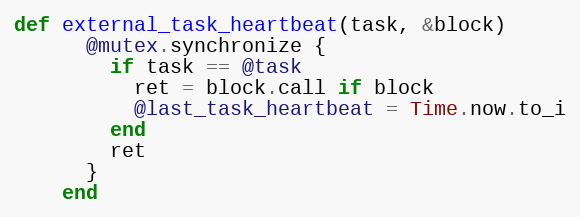
Language: Ruby
def external_task_heartbeat(task, &block)
      @mutex.synchronize {
        if task == @task
          ret = block.call if block
          @last_task_heartbeat = Time.now.to_i
        end
        ret
      }
    end